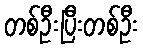
တစ်ဦးပြီးတစ်ဦး